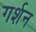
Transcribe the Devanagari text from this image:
गर्शन